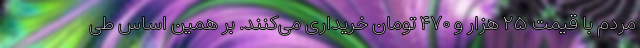
مردم با قیمت ۲۵ هزار و ۴۷۰ تومان خریداری می‌کنند. بر همین‌ اساس طی